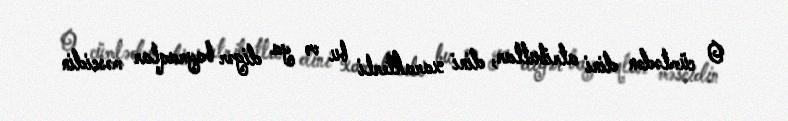
O cümlədən dini atributlar, dini xarakterli bu və ya digər bayraqlar məscidin